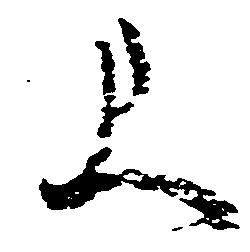
上